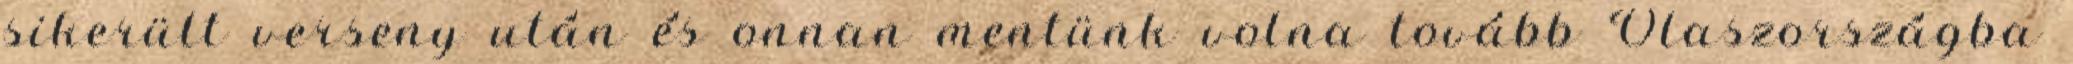
sikerült verseny után és onnan mentünk volna tovább Olaszországba